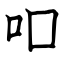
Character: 吅